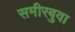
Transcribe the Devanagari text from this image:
समीरबुवा